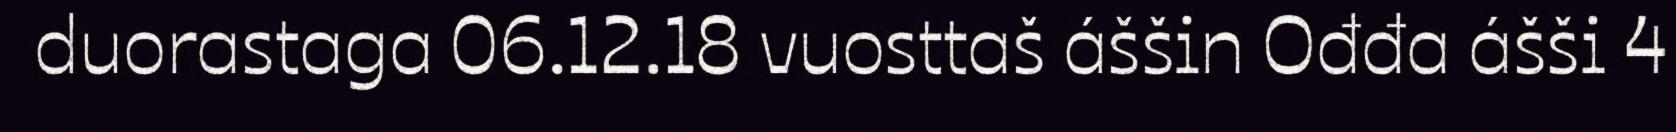
duorastaga 06.12.18 vuosttaš áššin Ođđa ášši 4